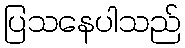
ပြသနေပါသည်